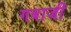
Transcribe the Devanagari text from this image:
गबाजी